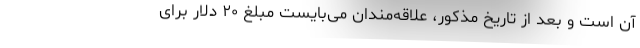
آن است و بعد از تاریخ مذکور، علاقه‌مندان می‌بایست مبلغ ۲۰ دلار برای